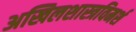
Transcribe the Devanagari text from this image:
अखिलशास्त्रविमर्श